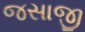
જસાજી